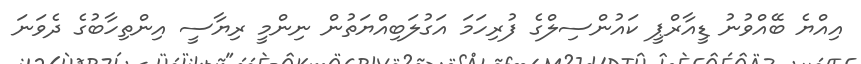
އިއްޔެ ބޭއްވުނު ޑީއާރްޕީ ކައުންސިލްގެ ފުރިހަމަ އަގުލަބިއްޔަތުން ނިންމީ ރިޔާސީ އިންތިހާބުގެ ދެވަނަ